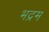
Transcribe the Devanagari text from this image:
भद्रम